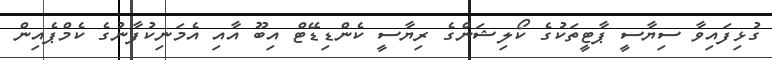
ގުޅިފައިވާ ސިޔާސީ ޕާޓީތަކުގެ ކޯލިޝަންގެ ރިޔާސީ ކެންޑިޑޭޓް އިބޫ އާއި އެމަނިކުފާނުގެ ކެމްޕެއިން